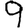
Digit: 9